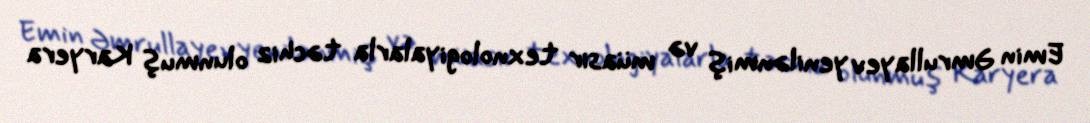
Emin Əmrullayev yenilənmiş və müasir texnologiyalarla təchiz olunmuş Karyera